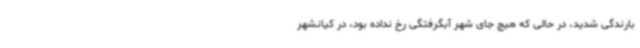
بارندگی شدید، در حالی که هیچ جای شهر آبگرفتگی رخ نداده بود، در کیانشهر